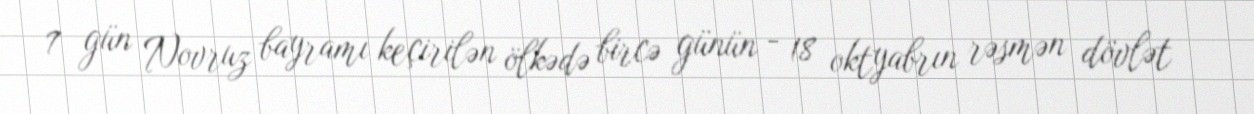
7 gün Novruz bayramı keçirilən ölkədə bircə günün - 18 oktyabrın rəsmən dövlət